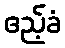
ဧည့်ခံ